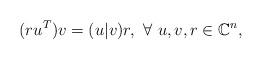
LaTeX: \begin{align*}(ru^T)v=(u|v)r,\,\,\forall\,\, u,v,r\in \mathbb{C}^n,\end{align*}